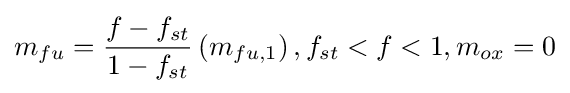
m_{fu}={\frac {f-f_{st}}{1-f_{st}}}\left(m_{fu,1}\right),f_{st}<f<1,m_{ox}=0